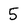
Character: 5